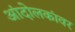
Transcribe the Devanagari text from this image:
आंदोलकांवर